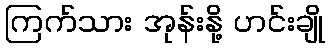
ကြက်သား အုန်းနို့ ဟင်းချို